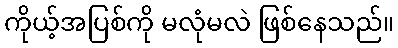
ကိုယ့်အပြစ်ကို မလုံမလဲ ဖြစ်နေသည်။